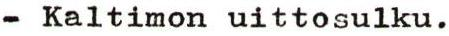
- Kaltimon uittosulku.